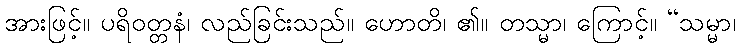
အားဖြင့်။ ပရိဝတ္တနံ၊ လည်ခြင်းသည်။ ဟောတိ၊ ၏။ တသ္မာ၊ ကြောင့်။ “သမ္မာ၊